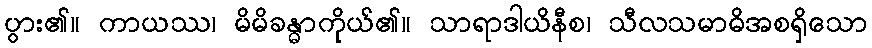
ပွား၏။ ကာယဿ၊ မိမိခန္ဓာကိုယ်၏။ သာရာဒါယိနီစ၊ သီလသမာဓိအစရှိသော